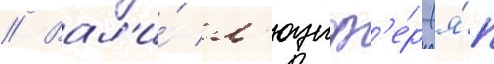
// Вал'и́ л'юциф'е́р (я́п